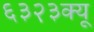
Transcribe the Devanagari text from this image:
६३२३क्यू